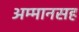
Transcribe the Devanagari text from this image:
अम्मानसह